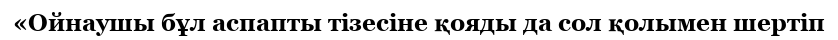
«Ойнаушы бұл аспапты тізесіне қояды да сол қолымен шертіп